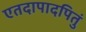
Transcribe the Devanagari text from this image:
एतदापादपितुं